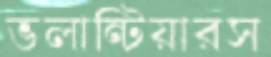
ভলান্টিয়ারস